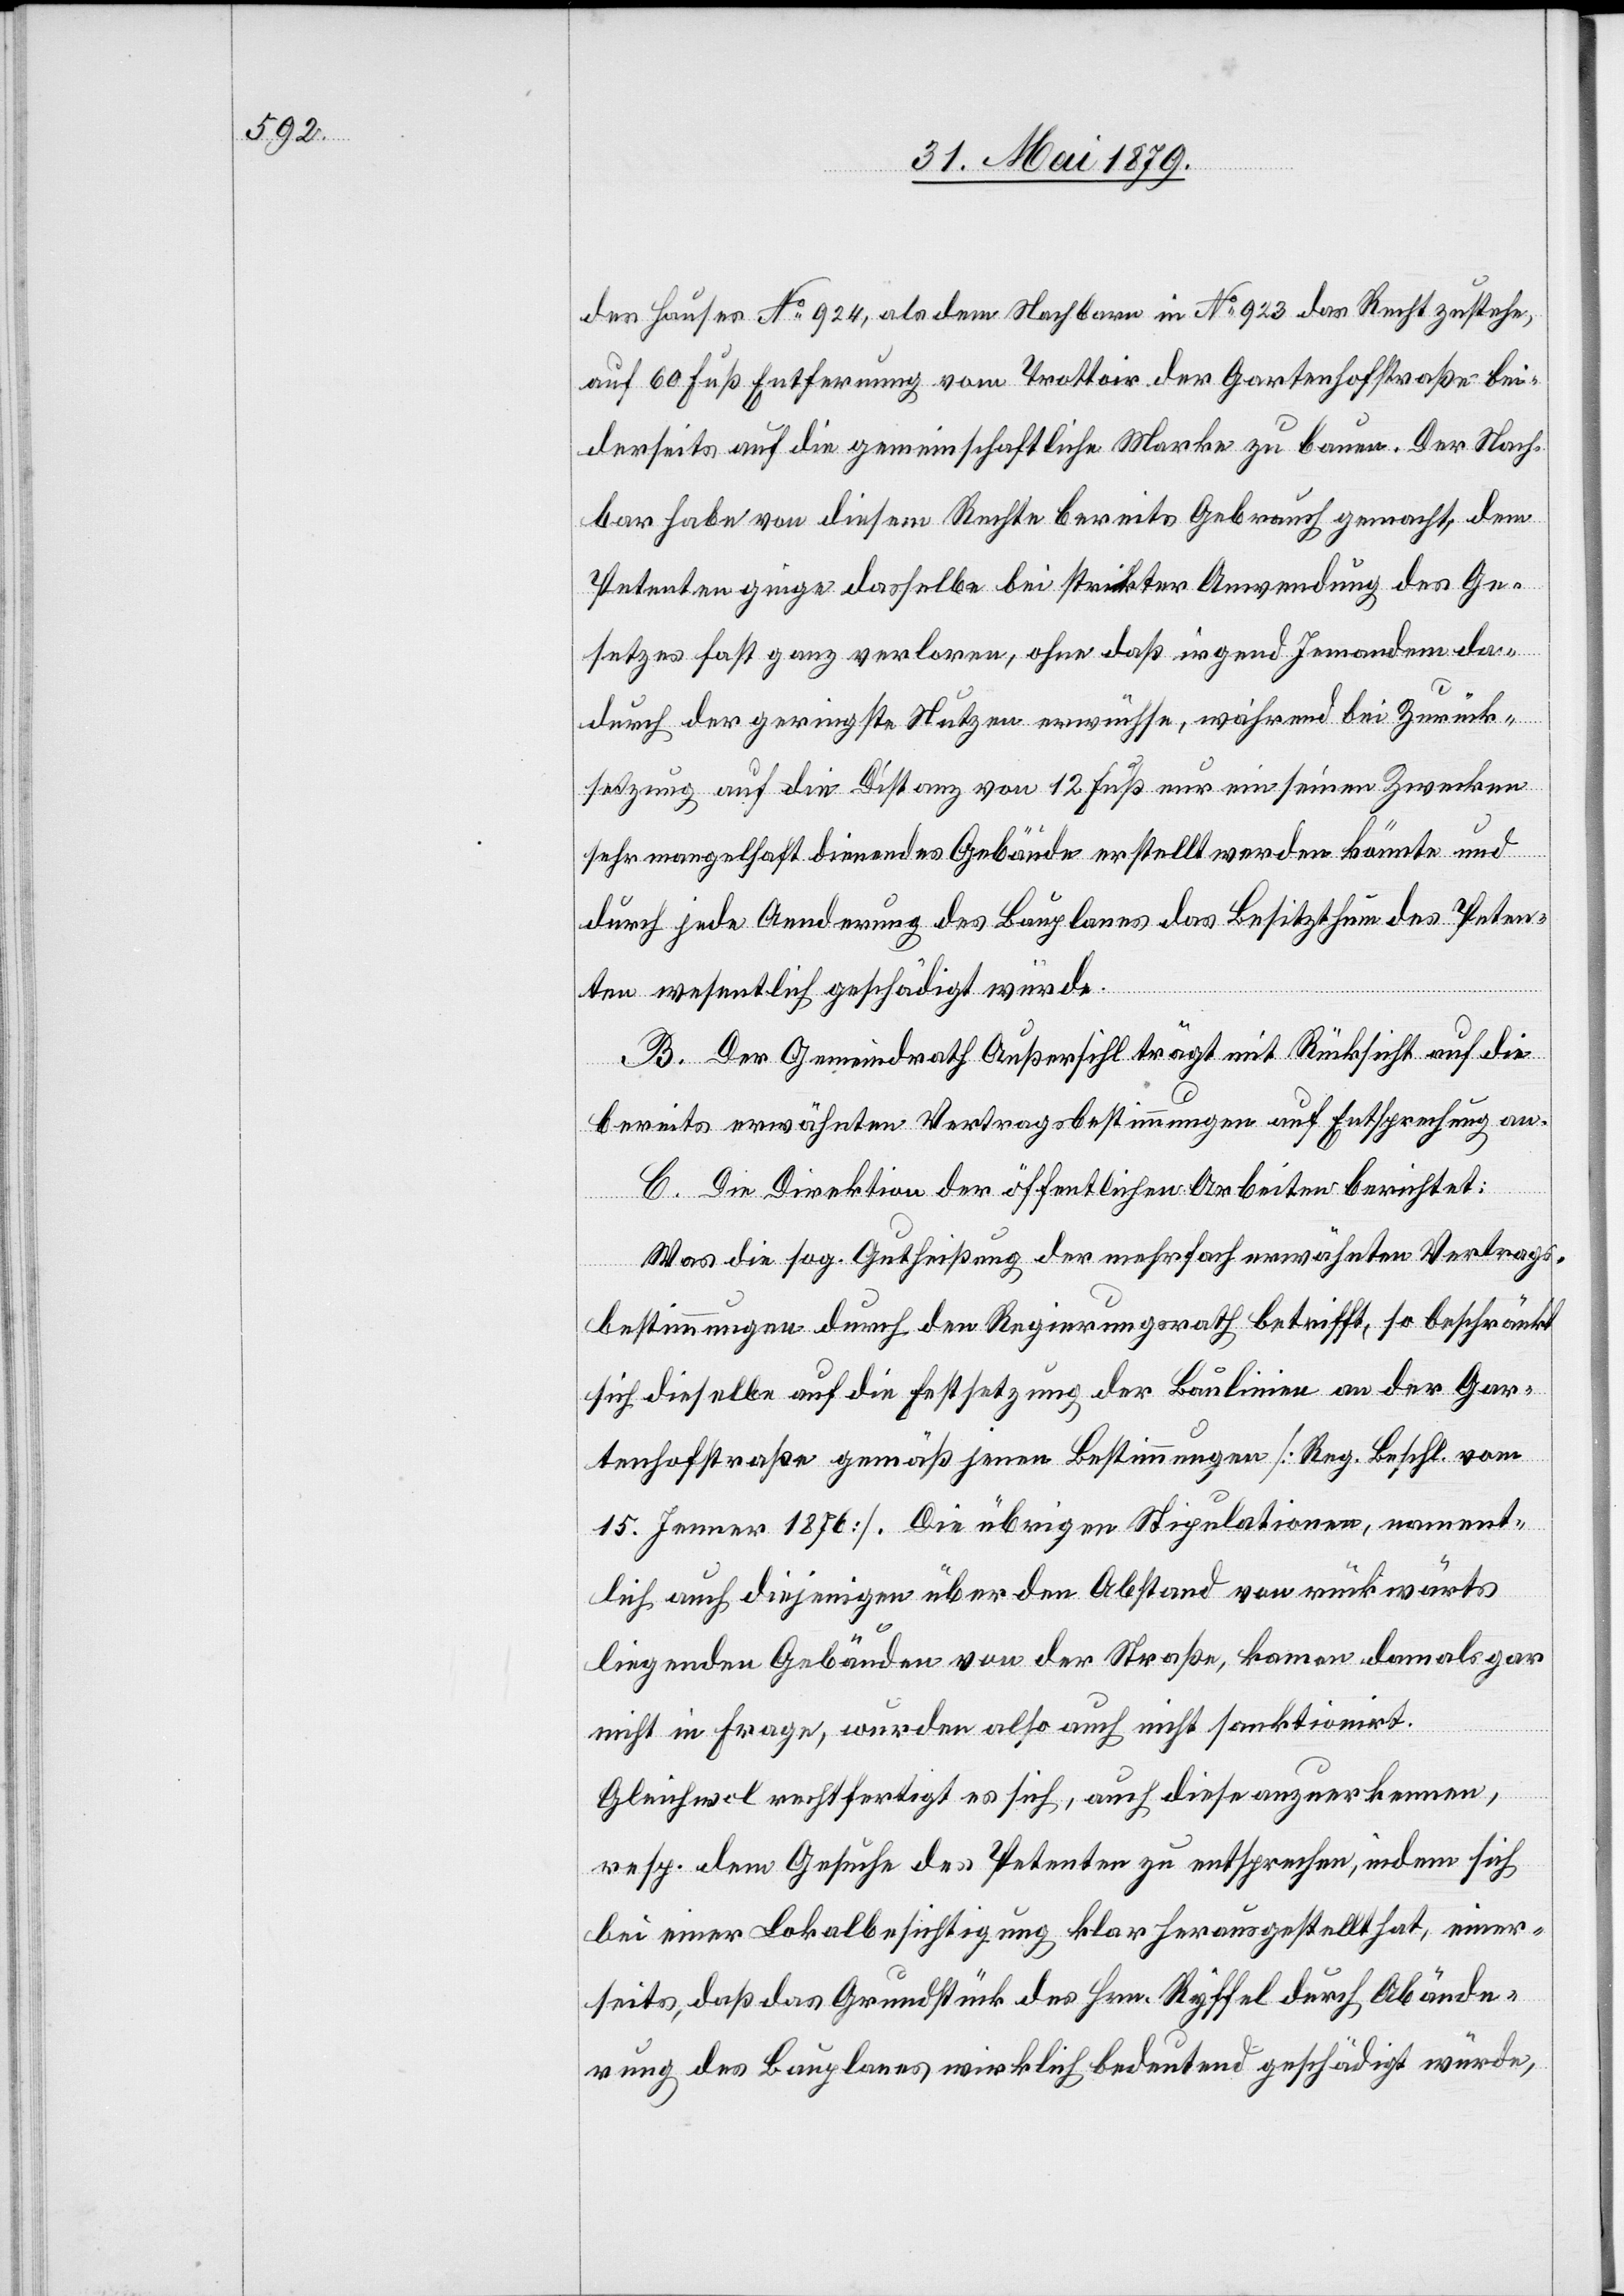
des Hauses No 924, als dem Nachbarn in No 923 das Recht zustehe,
auf 60 Fuß Entfernung vom Trottoir der Gartenhofstraße bei¬
derseits auf die gemeinschaftliche Marke zu bauen. Der Nach¬
bar habe von diesem Rechte bereits Gebrauch gemacht, dem
Petenten ginge dasselbe bei strikter Anwendung des Ge¬
setzes fast ganz verloren, ohne daß irgend Jemandem da¬
durch der geringste Nutzen erwüchse, während bei Zurück¬
setzung auf die Distanz von 12 Fuß nur ein seinen Zwecken
sehr mangelhaft dienendes Gebäude erstellt werden könnte und
durch jede Aenderung des Bauplanes das Besitzthum des Peten¬
ten wesentlich geschädigt würde.
B. Der Gemeindrath Außersihl trägt mit Rücksicht auf die
bereits erwähnten Vertragsbestimmungen auf Entsprechung an.
C. Die Direktion der öffentlichen Arbeiten berichtet:
Was die sog. Gutheißung der mehrfach erwähnten Vertrags¬
bestimmungen durch den Regierungsrath betrifft, so beschränkt
sich dieselbe auf die Festsetzung der Baulinien an der Gar¬
tenhofstraße gemäß jenen Bestimmungen [Reg. Beschl. vom
15. Jenner 1876]. Die übrigen Stipulationen, nament¬
lich auch diejenigen über den Abstand von rückwärts
liegenden Gebäuden von der Straße, kamen damals gar
nicht in Frage, wurden also auch nicht sanktionirt.
Gleichwol rechtfertigt es sich, auch diese anzuerkennen,
resp. dem Gesuche des Petenten zu entsprechen, indem sich
bei einer Lokalbesichtigung klar herausgestellt hat, einer¬
seits, daß das Grundstück des Hrn. Ryffel durch Abände¬
rung des Bauplanes wirklich bedeutend geschädigt würde,